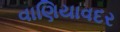
વાણિયાવદર